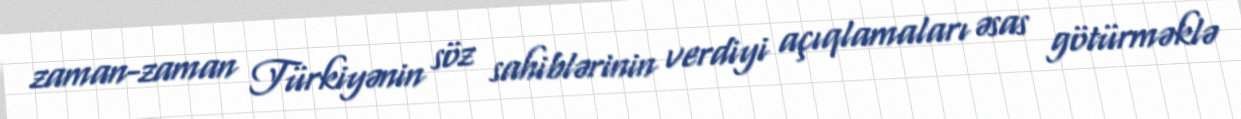
zaman-zaman Türkiyənin söz sahiblərinin verdiyi açıqlamaları əsas götürməklə